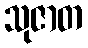
သုဇာတ